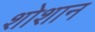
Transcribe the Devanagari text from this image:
शोशान